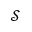
\mathcal { S }